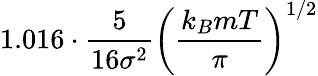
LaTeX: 1.016\cdot{\frac{5}{16\sigma^{2}}}\left({\frac{k_{B}mT}{\pi}}\right)^{1/2}